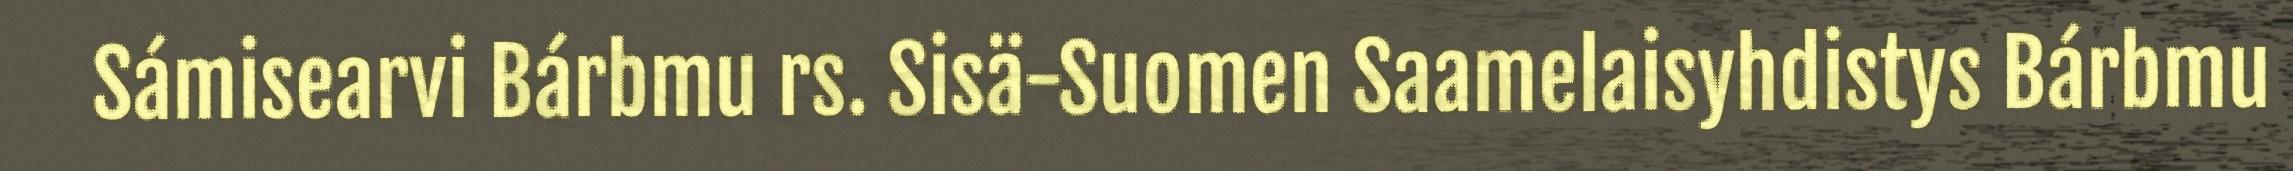
Sámisearvi Bárbmu rs. Sisä-Suomen Saamelaisyhdistys Bárbmu